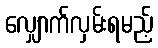
လျှောက်လှမ်းရမည့်